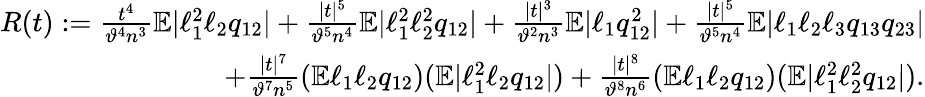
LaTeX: \begin{array}{r}{R(t):=\frac{t^{4}}{\vartheta^{4}n^{3}}\mathbb{E}|\ell_{1}^{2}\ell_{2}q_{12}|+\frac{|t|^{5}}{\vartheta^{5}n^{4}}\mathbb{E}|\ell_{1}^{2}\ell_{2}^{2}q_{12}|+\frac{|t|^{3}}{\vartheta^{2}n^{3}}\mathbb{E}|\ell_{1}q_{12}^{2}|+\frac{|t|^{5}}{\vartheta^{5}n^{4}}\mathbb{E}|\ell_{1}\ell_{2}\ell_{3}q_{13}q_{23}|}\\ {+\frac{|t|^{7}}{\vartheta^{7}n^{5}}(\mathbb{E}\ell_{1}\ell_{2}q_{12})(\mathbb{E}|\ell_{1}^{2}\ell_{2}q_{12}|)+\frac{|t|^{8}}{\vartheta^{8}n^{6}}(\mathbb{E}\ell_{1}\ell_{2}q_{12})(\mathbb{E}|\ell_{1}^{2}\ell_{2}^{2}q_{12}|).}\end{array}